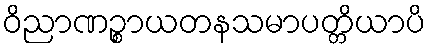
ဝိညာဏဉ္စာယတနသမာပတ္တိယာပိ